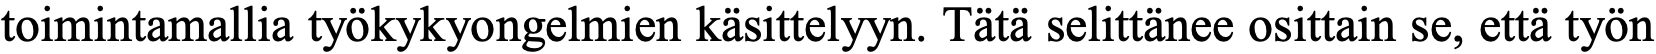
toimintamallia työkykyongelmien käsittelyyn. Tätä selittänee osittain se, että työn